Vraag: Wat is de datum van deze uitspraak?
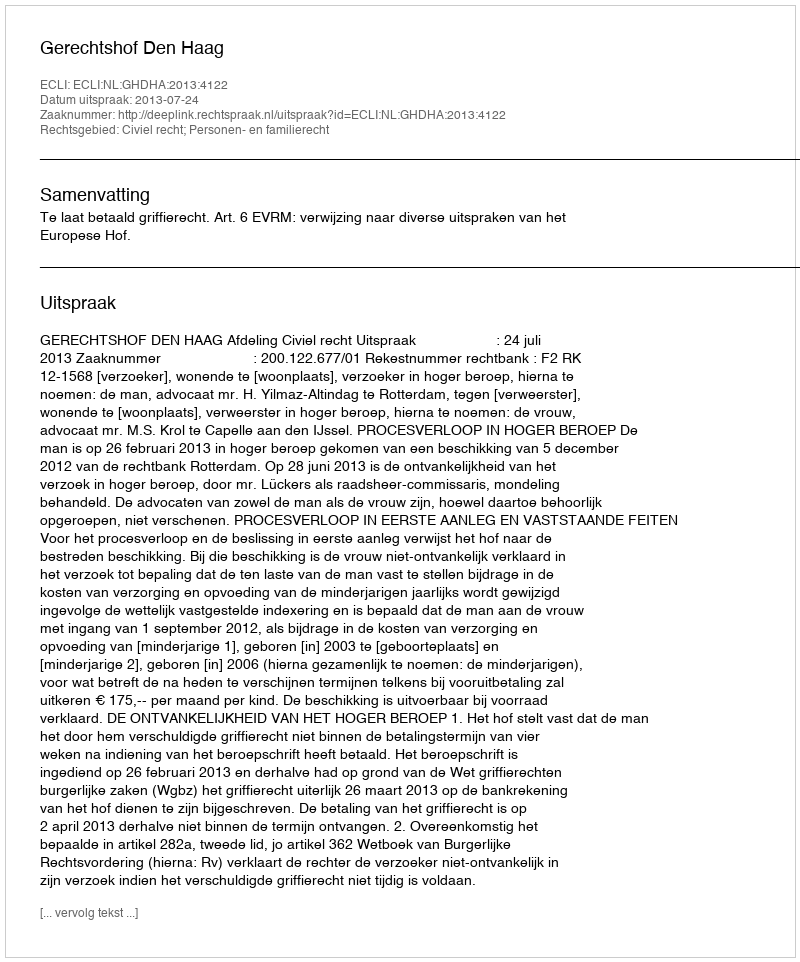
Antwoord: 2013-07-24